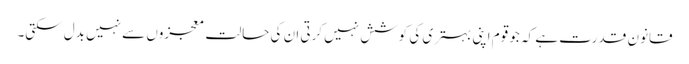
قانون ِ قدرت ہے کہ جو قوم اپنی بہتری کی کوشش نہیں کرتی ان کی حالت معجزوں سے نہیں بدل سکتی۔